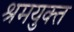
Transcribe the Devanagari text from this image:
श्रमयुक्त